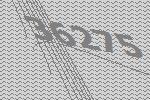
36275